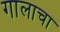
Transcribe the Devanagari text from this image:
गालाचा